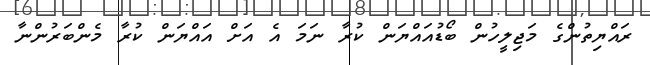
ރައްޔިތުންގެ މަޖިލީހުން ބޯޑުއައްޔަން ކުރާ ނަމަ އެ އަށް އައްޔަން ކުރާ މެންބަރުންނާ